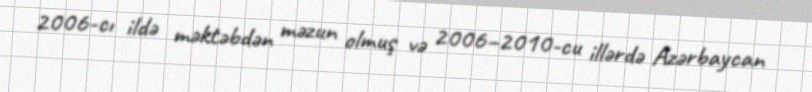
2006-cı ildə məktəbdən məzun olmuş və 2006–2010-cu illərdə Azərbaycan